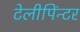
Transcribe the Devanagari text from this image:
टेलीपिंन्टर